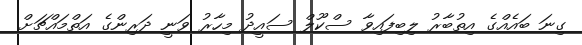
ގިނަ ބައެއްގެ އިތުބާރު ލިބިފައިވާ ސްކޫލް ސައީދު މިހާރު ވަނީ ދަރިންގެ އަތްމައްޗަށް